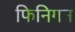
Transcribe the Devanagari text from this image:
फिनिगन